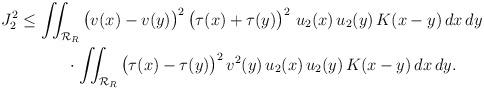
LaTeX: \begin{align*}& J_2^2 \le\iint_{{\mathcal{R}}_R} \big(v(x)-v(y)\big)^2\,\big(\tau(x)+\tau (y)\big)^2\,\,u_2(x)\,u_2(y)\,K(x-y)\,dx\,dy\\&\qquad\qquad\cdot\iint_{{\mathcal{R}}_R} \big(\tau(x)-\tau (y)\big)^2\,v^2(y)\,u_2(x)\,u_2(y)\,K(x-y)\,dx\,dy.\end{align*}